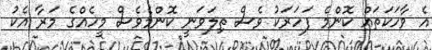
އެ ވާހަކަތައް ކޮންމެ ފަހަރަކު ވެސް ތިލަވަނީ ކޮންމެވެސް މީހެއްގެ މަރާ އެކު